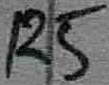
Text: R5